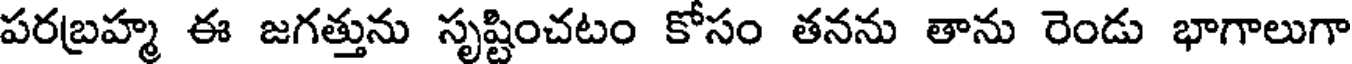
పరబ్రహ్మ ఈ జగత్తును సృష్టించటం కోసం తనను తాను రెండు భాగాలుగా